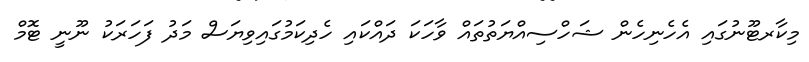
މިކާރޓޫނުގައި އެހެނިހެން ޝަހްސިއްޔަތުތައް ވާހަކަ ދައްކައި ހެދިކަމުގައިވިޔަސް މަދު ފަހަރަކު ނޫނީ ޓޮމް